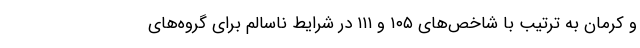
و کرمان به ترتیب با شاخص‌های ۱۰۵ و ۱۱۱ در شرایط ناسالم برای گروه‌های